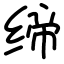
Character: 缔